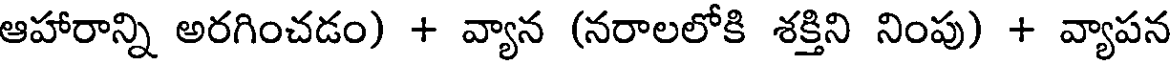
ఆహారాన్ని అరగించడం) + వ్యాన (నరాలలోకి శక్తిని నింపు) + వ్యాపన